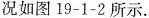
况如图19-1-2所示.